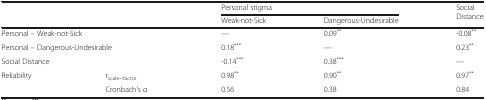
<table><thead><tr><td colspan="2"></td><td colspan="2"><b>Personal stigma</b></td><td rowspan="2"><b>Social Distance</b></td></tr><tr><td colspan="2"></td><td><b>Weak-not-Sick</b></td><td><b>Dangerous-Undesirable</b></td></tr></thead><tbody><tr><td colspan="2">Personal – Weak-not-Sick</td><td>—</td><td>0.09<sup>**</sup></td><td>-0.08<sup>**</sup></td></tr><tr><td colspan="2">Personal – Dangerous-Undesirable</td><td>0.18<sup>***</sup></td><td>—</td><td>0.23<sup>**</sup></td></tr><tr><td colspan="2">Social Distance</td><td>-0.14<sup>***</sup></td><td>0.38<sup>***</sup></td><td>—</td></tr><tr><td rowspan="2">Reliability</td><td>r<sub>scale~factor</sub></td><td>0.98<sup>**</sup></td><td>0.90<sup>**</sup></td><td>0.97<sup>**</sup></td></tr><tr><td>Cronbach’s α</td><td>0.56</td><td>0.38</td><td>0.84</td></tr></tbody></table>